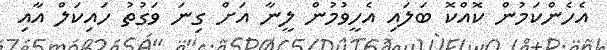
އެހެންކަމުން ކޮއްކޮ ބަލައި އެހީވުމުން ލީނާ އަށް ގިނަ ވަގުތު ހައިކަލް އާއި